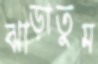
ঝাড়াতুম